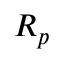
R _ { p }